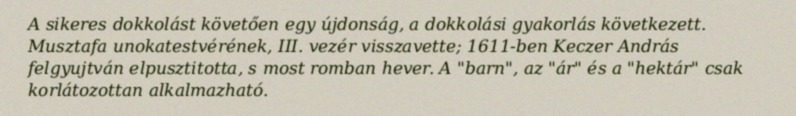
A sikeres dokkolást követően egy újdonság, a dokkolási gyakorlás következett. Musztafa unokatestvérének, III. vezér visszavette; 1611-ben Keczer András felgyujtván elpusztitotta, s most romban hever. A "barn", az "ár" és a "hektár" csak korlátozottan alkalmazható.